Indian journal of veterinary science and animal husbandry - Volumes 18-21, 1948-1951
Year: 1948
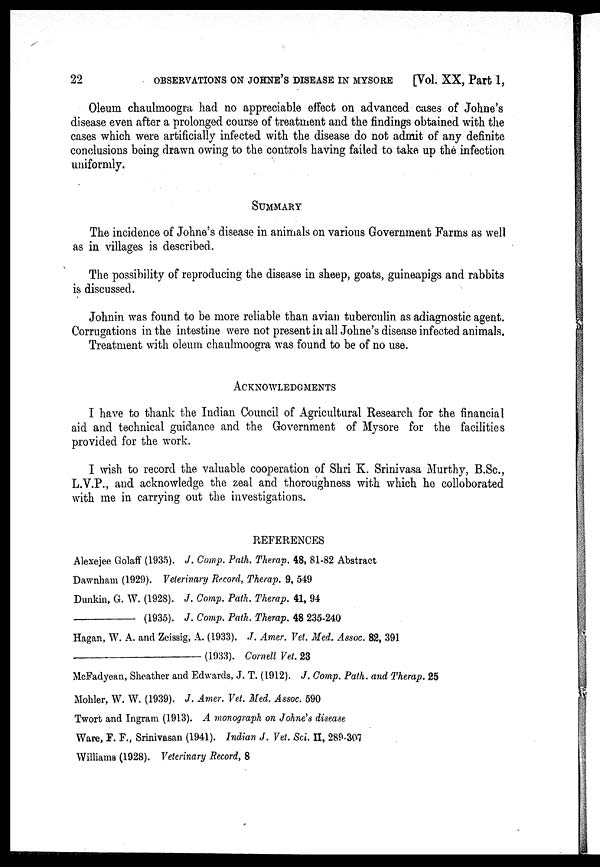
22
OBSERVATIONS ON JOHNE'S DISEASE IN MYSORE
[Vol. XX, Part 1,
Oleum chaulmoogra had no appreciable effect on advanced cases of Johne's
disease even after a prolonged course of treatment and the findings obtained with the
cases which were artificially infected with the disease do not admit of any definite
conclusions being drawn owing to the controls having failed to take up the infection
uniformly.
SUMMARY
The incidence of Johne's disease in animals on various Government Farms as well
as in villages is described.
The possibility of reproducing the disease in sheep, goats, guineapigs and rabbits
is discussed.
Johnin was found to be more reliable than avian tuberculin as adiagnostic agent.
Corrugations in the intestine were not present in all Johne's disease infected animals.
Treatment with oleum chaulmoogra was found to be of no use.
ACKNOWLEDGMENTS
I have to thank the Indian Council of Agricultural Research for the financial
aid and technical guidance and the Government of Mysore for the facilities
provided for the work.
I wish to record the valuable cooperation of Shri K. Srinivasa Murthy, B.Sc,
L.V.P., and acknowledge the zeal and thoroughness with which he colloborated
with me in carrying out the investigations.
REFERENCES
Alexejee Golaff (1935). J. Comp. Path. Therap. 48, 81-82 Abstract
Dawnham (1929). Veterinary Record, Therap. 9, 549
Dunkin, G. W. (1928). J. Comp. Path. Therap. 41, 94
—
(1935). J. Comp. Path. Therap. 48 235-240
Hagan, W. A. and Zeissig, A. (1933). J. Amer. Vet. Med. Assoc. 82, 391
—
(1933). Cornell Vet. 23
McFadyean, Sheather and Edwards, J. T. (1912). J. Comp. Path. and Therap. 25
Mohler, W. W. (1939). J. Amer. Vet. Med. Assoc. 590
Twort and Ingram (1913). A monograph on Johne's disease
Ware, F. F., Srinivasan (1941). Indian J. Vet. Sci. II, 289-307
Williams (1928). Veterinary Record, 8